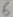
Text: 6